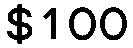
$100